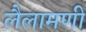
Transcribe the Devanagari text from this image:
लैलामणी